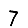
Digit: 7